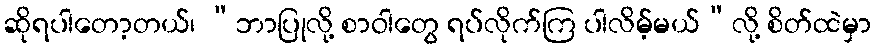
ဆိုရပါတော့တယ်၊ “ဘာပြုလို့ စာဝါတွေ ရပ်လိုက်ကြ ပါလိမ့်မယ်”လို့ စိတ်ထဲမှာ